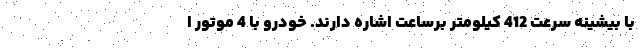
با بیشینه سرعت 412 کیلومتر برساعت اشاره دارند. خودرو با 4 موتور ا